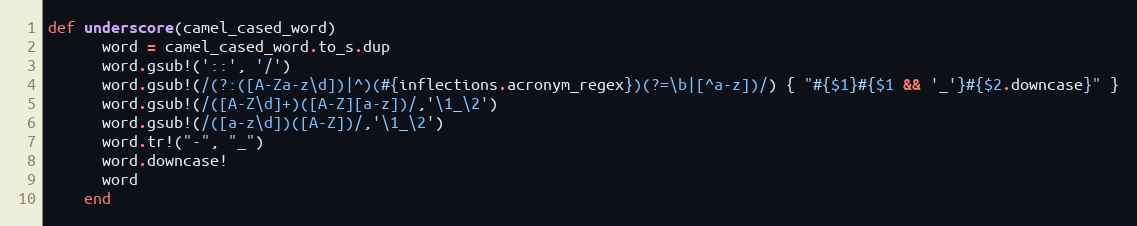
Language: Ruby
def underscore(camel_cased_word)
      word = camel_cased_word.to_s.dup
      word.gsub!('::', '/')
      word.gsub!(/(?:([A-Za-z\d])|^)(#{inflections.acronym_regex})(?=\b|[^a-z])/) { "#{$1}#{$1 && '_'}#{$2.downcase}" }
      word.gsub!(/([A-Z\d]+)([A-Z][a-z])/,'\1_\2')
      word.gsub!(/([a-z\d])([A-Z])/,'\1_\2')
      word.tr!("-", "_")
      word.downcase!
      word
    end